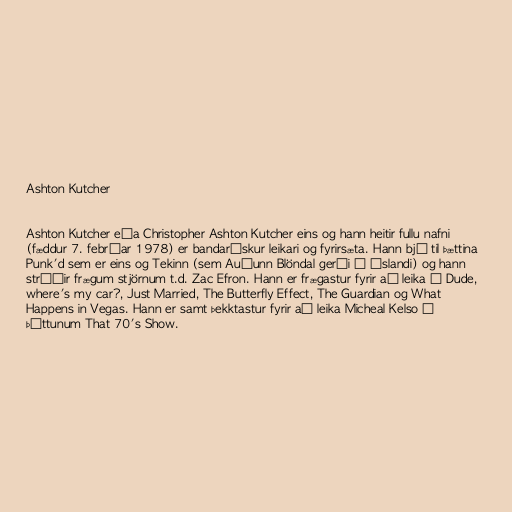
Ashton Kutcher

Ashton Kutcher eða Christopher Ashton Kutcher eins og hann heitir fullu nafni
(fæddur 7. febrúar 1978) er bandarískur leikari og fyrirsæta. Hann bjó til þættina
Punk'd sem er eins og Tekinn (sem Auðunn Blöndal gerði á Íslandi) og hann
stríðir frægum stjörnum t.d. Zac Efron. Hann er frægastur fyrir að leika í Dude,
where's my car?, Just Married, The Butterfly Effect, The Guardian og What
Happens in Vegas. Hann er samt þekktastur fyrir að leika Micheal Kelso í
þáttunum That 70's Show.